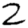
Digit: 2